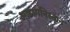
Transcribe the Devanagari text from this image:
अफ़ागनिस्तान